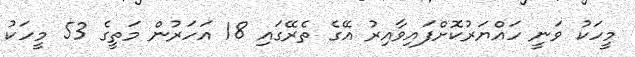
މީހަކު ވަނީ ހައްޔަރުކޮށްފައިވާއިރު އޭގެ ތެރޭގައި 18 އަހަރުން މަތީގެ 53 މީހަކު